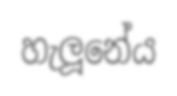
හැලූනේය